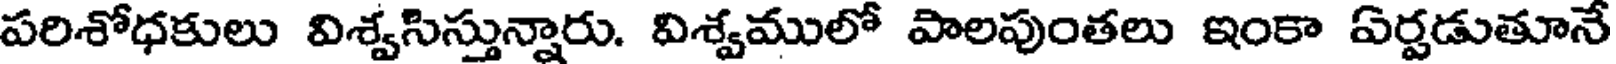
పరిశోధకులు విశ్వసిస్తున్నారు. విశ్వములో పాలపుంతలు ఇంకా ఏర్పడుతూనే